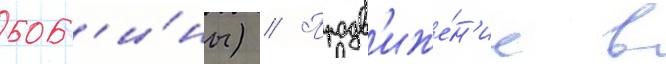
боб'и́ны) // Продв'иже́н'ие в